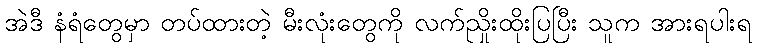
အဲဒီ နံရံတွေမှာ တပ်ထားတဲ့ မီးလုံးတွေကို လက်ညှိုးထိုးပြပြီး သူက အားရပါးရ